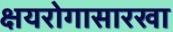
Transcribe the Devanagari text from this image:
क्षयरोगासारखा